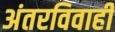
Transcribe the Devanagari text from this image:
अंतरविवाही